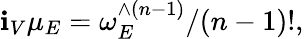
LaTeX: \mathbf{i}_{V}\mu_{E}=\omega_{E}^{\wedge(n-1)}/(n-1)!,